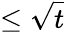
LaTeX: \leq\sqrt{t}